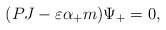
\begin{align*}(PJ-\varepsilon\alpha_{+}m)\Psi_{+}=0,\end{align*}